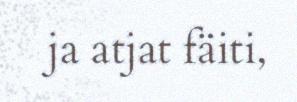
ja atjat fäiti,